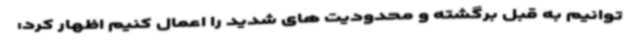
توانیم به قبل برگشته و محدودیت های شدید را اعمال کنیم اظهار کرد: